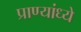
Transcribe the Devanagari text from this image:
प्राण्यांध्ये